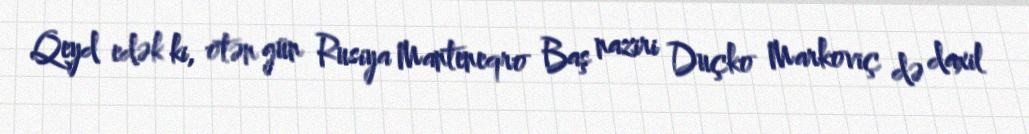
Qeyd edək ki, ötən gün Rusiya Manteneqro Baş naziri Duçko Markoviç də daxil